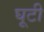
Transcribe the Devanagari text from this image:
घूटी